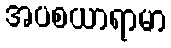
အပစယာရာမာ